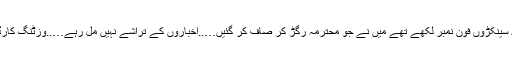
یہاں میز پہ سینکڑوں فون نمبر لکھے تھے میں نے جو محترمہ رگڑ کر صاف کر گئیں…..اخباروں کے تراشے نہیں مل رہے…..وزٹنگ کارڈ غائب ہیں۔